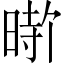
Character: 𪰰